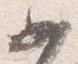
如